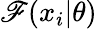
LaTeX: \mathscr{F}(x_{i}|\theta)